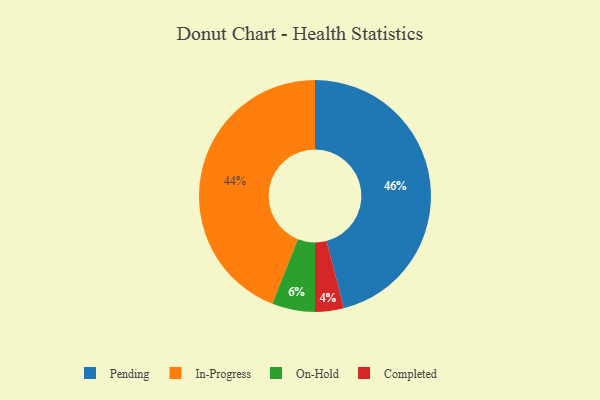
{"axis": {"x": "Category", "y": "Percentage"}, "legend": ["Completed", "In-Progress", "On-Hold", "Pending"], "data": [{"x": "In-Progress", "y": 44, "type": "In-Progress"}, {"x": "On-Hold", "y": 6, "type": "On-Hold"}, {"x": "Pending", "y": 46, "type": "Pending"}, {"x": "Completed", "y": 4, "type": "Completed"}]}